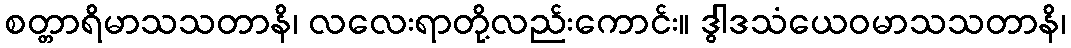
စတ္တာရိမာသသတာနိ၊ လလေးရာတို့လည်းကောင်း။ ဒွါဒသံယေဝမာသသတာနိ၊